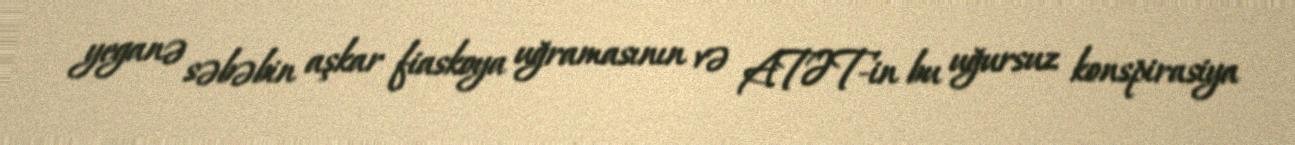
yeganə səbəbin aşkar fiaskoya uğramasının və ATƏT-in bu uğursuz konspirasiya